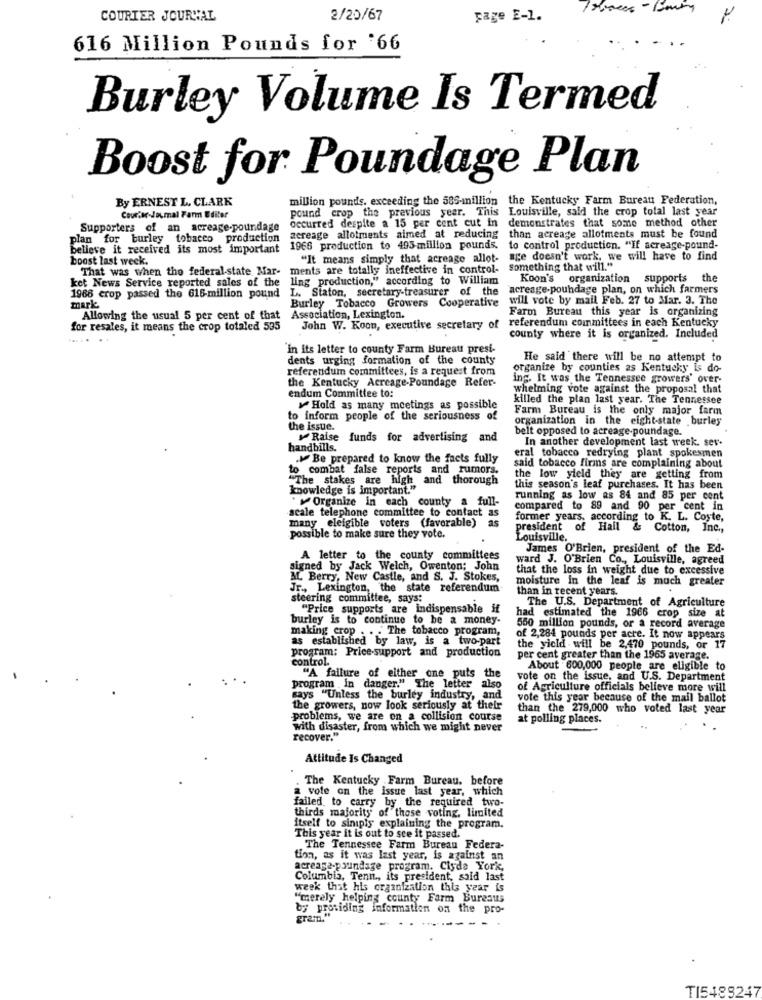
COURIER JOURNAL
2/20/67
page E-1.
616 Million Pounds for '66
Burley Volume Is Termed
Boost for Poundage Plan
By ERNEST L. CLARK
million pounds. exceeding the 585-million
the Kentucky Farm Bureau Federation,
pound crop the previous year. This
Louisville, said the crop total last year
Courier-Joumal Farm Editor
occurred despite a 15 per cent cut in
demonstrates that some method other
Supporters of an acreage-poundage
plan for burley tobacco production
zereage allotments aimed at reducing
than acreage allotments must be found
believe it received its most important
1966 production to 495 million pounds.
to control production. "If acreage-pound-
boost last week.
"It means simply that acreage allot- age doesn't work, we will have to find
That was when the federal-state Mar-
ments are totally ineffective in control-
Something that will."
ket News Service reported sales of the ling production," according to William
Koon's organization supports the
L. Staton, secretary-treasurer of the
"acreage-pouhdage plan, on which farmers
1968 crop passed the 616-million pound
will vote by mail Feb. 27 to Mar. 3. The
mark
Burley Tobacco Growers Cooperative
Farm Bureau this year is organizing
Allowing the usual 5 per cent of that Association, Lexington.
referendum committees in each Kentucky
for resales, it means the crop totaled 535
John W. Koon, executive secretary of
... ..
county where it is organized. Included
In its letter to county Farm Bureau presi-
dents urging formation of the county
He said there will be no attempt to
referendum committees, is a request from
organize by counties as Kentucky Is do-
the Kentucky Acreage-Poundage Refer-
ing. It was the Tennessee growers' over-
endum Committee to:
whelming vote against the proposal that
killed the plan last year. The Tennessee
Hold as many meetings as possible
Farm Bureau is the only major farm
to inform people of the seriousness of
organization in the eight-state .burley
the issue.
belt opposed to acreage-poundage.
Raise funds for advertising and
In another development last week. sev-
handbills.
eral tobacco redrying plant spokesmen
.. Be prepared to know the facts fully
to combat false reports and rumors.
said tobacco firms are complaining about
"The stakes are high and thorough
the low yield they are getting from
knowledge is important."
this season's leaf purchases. It has been
Organize in each county a full-
running as low as 84 and 85 per cent
scale telephone committee to contact as
compared to 89 and 90 per cent in
as
former years, according to K. L. Coste,
many eleigible voters (favorable)
president of Hall
& Cotton, Inc .,
possible to make sure they vote.
Louisville.
James O'Brien, president of the Ed-
A letter to the county committees
ward J. O'Brien Co ., Louisville, agreed
signed by Jack Welch, Owenton; John
that the loss in weight due to excessive
AL Berry, New Castle, and S. J. Stokes,
moisture In the leaf is much greater
Jr ., Lexington, the state referendum
than in recent years.
steering committee, says:
The U.S. Department of Agriculture
"Price supports are indispensable if
burley is to continue to be a money-
had estimated the 1966 crop size at
making crop . . . The tobacco program,
550 million pounds, or a record average
as established by law, is a two-part
of 2,284 pounds per acre. It now appears
program: Price-support and production
the yield will be 2,470 pounds, or 17
control.
per cent greater than the 1965 average.
About 600,000 people are eligible to
"A failure of either one puts
the
vote on the issue, and U.S. Department
program in danger." The letter also
of Agriculture officials believe more will
says "Unless the burley industry, and
vote this year because of the mail ballot
the growers, now look seriously at their
than the 279,000 who voted last year
problems, we are on a collision course
at polling places.
with disaster, from which we might never
recover."
Attitude Is Changed
The Kentucky Farm Bureau. before
a vote on the issue last year, which
failed, to carry by the required two-
thirds majority of those voting, limited
itself to sinipis explaining the program.
This year it is out to see it passed.
The Tennessee Farm Bureau Federa-
tion, as it was last year, is against an
acreage-poundage program. Clyde York,
Columbia, Tenn ., its president, said last
week that his organization this year is
"merely helping county Farm Bureau;
by providing Information on the pro-
gram"
TI5488247